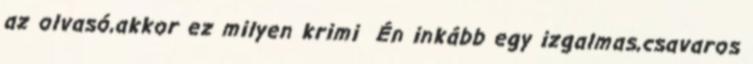
az olvasó,akkor ez milyen krimi Én inkább egy izgalmas,csavaros